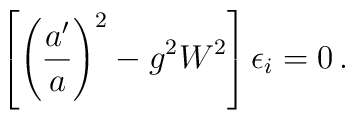
\left[ \left( \frac{a'}{a}\right)^2-g^2 W^2\right] \epsilon_i = 0\,.